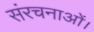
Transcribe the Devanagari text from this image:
संरचनाओं।